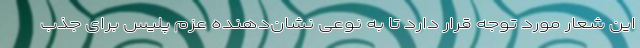
این شعار مورد توجه قرار دارد تا به نوعی نشان‌دهنده عزم پلیس برای جذب